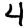
Digit: 4